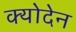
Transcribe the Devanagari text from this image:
क्योदेन